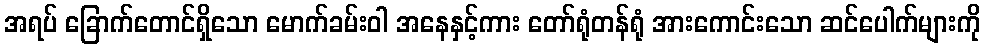
အရပ် ခြောက်တောင်ရှိသော မောက်ခမ်းဝါ အနေနှင့်ကား တော်ရုံတန်ရုံ အားကောင်းသော ဆင်ပေါက်များကို